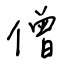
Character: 僧